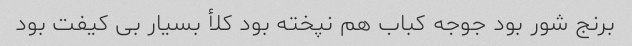
برنج شور بود جوجه کباب هم نپخته بود کلأ بسیار بی کیفت بود